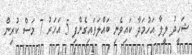
ޝަހީދު ލީލާ އަހުމަދާ ކައިވެނި ބައްލަވައިގެންފި 5 އަހަރު 7 މަސް ކުރިން